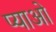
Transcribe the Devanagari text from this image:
प्याओं